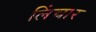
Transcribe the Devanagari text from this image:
लिंचार